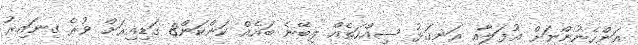
އަންހެނުންނަށް އުފަލާއި ރަނގަޅު ސިއްހަތެއް ލިބޭނެ ބައެއް ކަންކަން8 ގަޑިއިރަށް ވުރެ ގިނައިރު